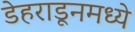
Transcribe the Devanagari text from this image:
डेहराडूनमध्ये